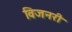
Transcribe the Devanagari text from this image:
विजनरी